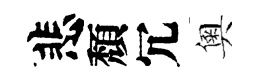
悲頽冗奧